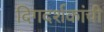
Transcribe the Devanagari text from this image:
दिगदर्शकांची